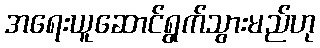
အရေးယူဆောင်ရွက်သွားမည်ဟု